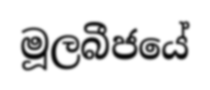
මූලබීජයේ